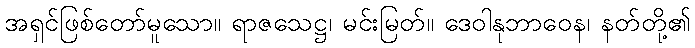
အရှင်ဖြစ်တော်မူသော။ ရာဇသေဋ္ဌ၊ မင်းမြတ်။ ဒေဝါနုဘာဝေန၊ နတ်တို့၏